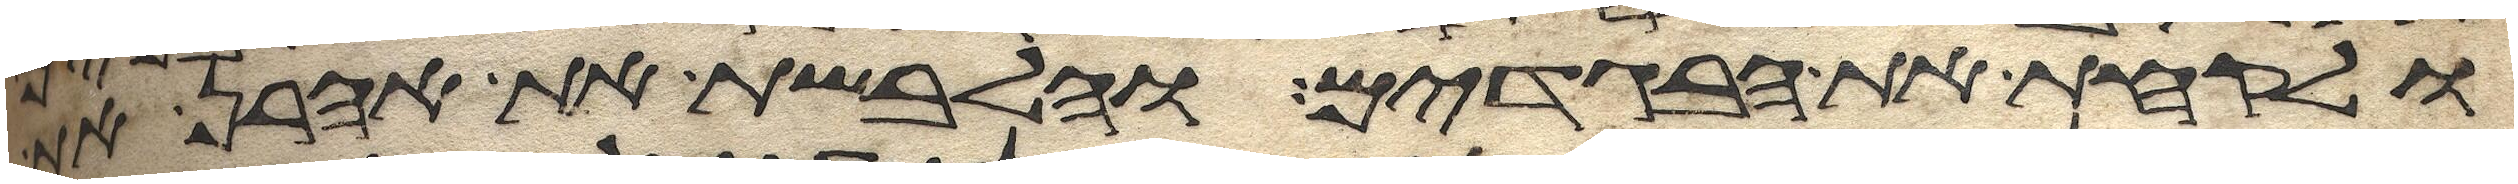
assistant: ולקחת את הבגדים והלבשת את אהרן את